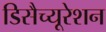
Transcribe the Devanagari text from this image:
डिसैच्यूरेशन